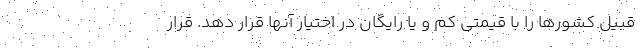
قبیل کشورها را با قیمتی کم و یا رایگان در اختیار آنها قرار دهد. قرار